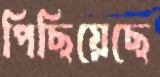
পিছিয়েছে